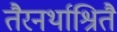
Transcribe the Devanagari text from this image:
तैरनर्थाश्रितै